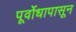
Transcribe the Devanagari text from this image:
पूर्वोधापासून